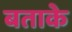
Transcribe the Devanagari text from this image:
बताके